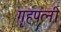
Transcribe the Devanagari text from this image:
गृहपत्नी